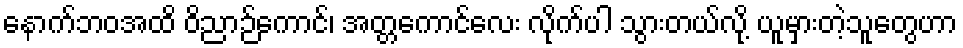
နောက်ဘဝအထိ ဝိညာဉ်ကောင်၊ အတ္တကောင်လေး လိုက်ပါ သွားတယ်လို့ ယူမှားတဲ့သူတွေဟာ